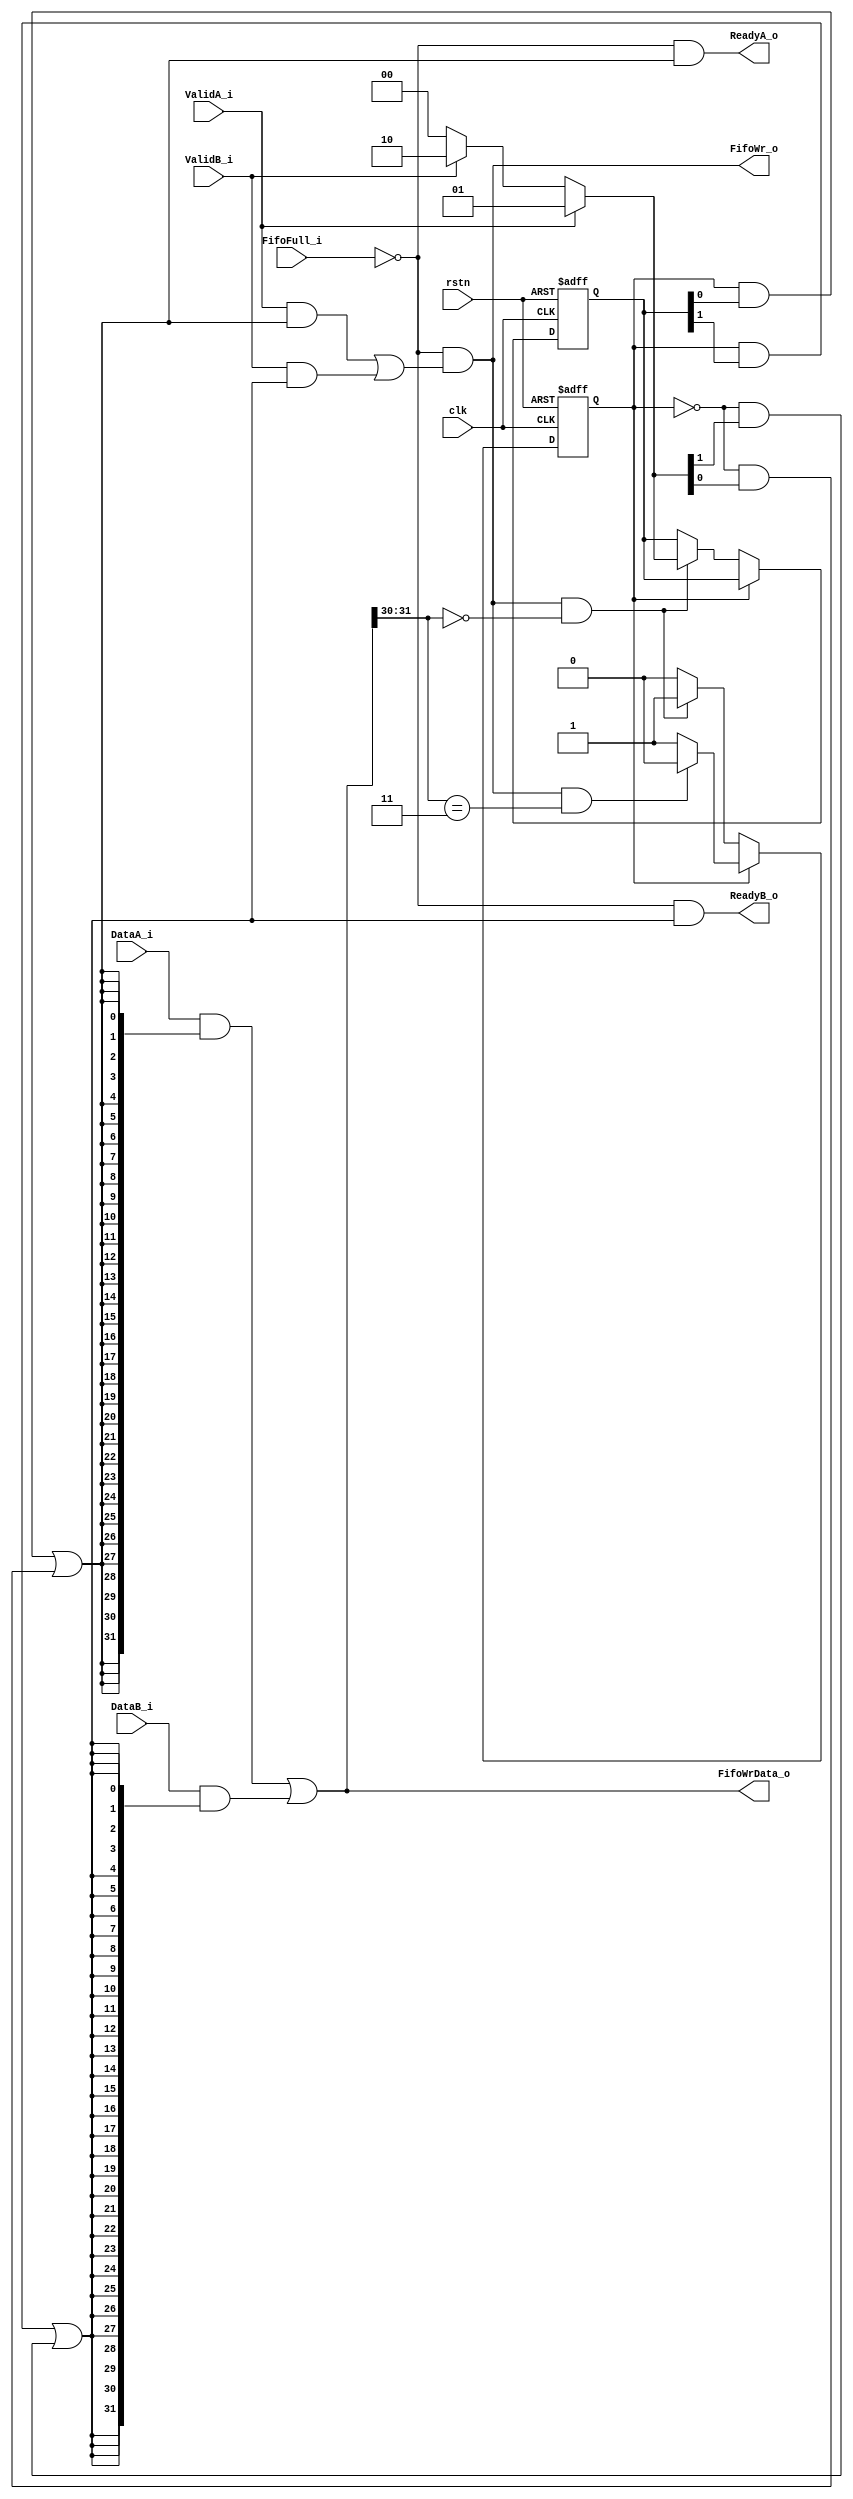
module  SwAlloc2x1 (
    input   wire                clk,
    input   wire                rstn,

    input   wire                ValidA_i,
    input   wire    [31:0]      DataA_i,
    output  wire                ReadyA_o,

    input   wire                ValidB_i,
    input   wire    [31:0]      DataB_i,
    output  wire                ReadyB_o,

    input   wire                FifoFull_i,
    output  wire    [31:0]      FifoWrData_o,
    output  wire                FifoWr_o
);

wire    [1:0]   FlitTpye;

assign  FlitTpye    =   FifoWrData_o[31:30];

wire            HeadFlit,TailFlit;

assign  HeadFlit    =   FlitTpye    ==  2'b00;
assign  TailFlit    =   FlitTpye    ==  2'b11;

wire    [1:0]   Grant;

assign  Grant   =   ValidA_i    ?   2'b01   :   (
                    ValidB_i    ?   2'b10   :   2'b00);

reg             Occupy = 1'b0;
reg     [1:0]   GrantReg = 2'b00;

always@(posedge clk or negedge rstn) begin
    if(~rstn) begin
        Occupy      <=  1'b0;
        GrantReg    <=  2'b00;
    end else begin 
        if(Occupy) begin
            if(FifoWr_o  &   TailFlit) begin
                Occupy      <=  1'b0;
            end
        end else begin
            if(FifoWr_o  &   HeadFlit) begin
                Occupy      <=  1'b1;
                GrantReg    <=  Grant;
            end
        end
    end
end
        
assign  FifoWr_o    =   ~FifoFull_i &   (
                        (ValidA_i   &   ((Occupy    &   GrantReg[0])    |   (~Occupy    &   Grant[0]))) |
                        (ValidB_i   &   ((Occupy    &   GrantReg[1])    |   (~Occupy    &   Grant[1]))) );

assign  FifoWrData_o    =   (DataA_i    &   {32{(Occupy &   GrantReg[0])    |   (~Occupy    &   Grant[0])}})    |
                            (DataB_i    &   {32{(Occupy &   GrantReg[1])    |   (~Occupy    &   Grant[1])}})    ;

assign  ReadyA_o    =   ~FifoFull_i &   ((Occupy    &   GrantReg[0])    |   (~Occupy    &   Grant[0]));

assign  ReadyB_o    =   ~FifoFull_i &   ((Occupy    &   GrantReg[1])    |   (~Occupy    &   Grant[1]));

endmodule